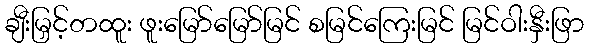
ချီးမြှင့်တထူး ဖူးမြော်မြော်မြင် စမြင်ကြေးမြင် မြင်ဝါးနှီးဖြာ